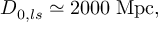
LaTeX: D _ { 0 , l s } \simeq 2 0 0 0 \; \mathrm { M p c } ,